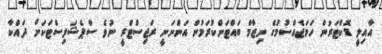
އާއިލީ ޑޮކްޓަރުން ހަމަޖެއްސުމުގެ ނިޒާމް ބައްޓަންކުރަމުން އަންނަނީ ރަޖިސްޓްރީ ނުވެ ސްޕެޝަލިސްޓަކަށް ދައްކާ